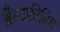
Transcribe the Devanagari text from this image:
ब्रैस्टफ़ीडिंग